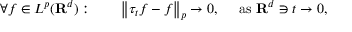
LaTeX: \forall f \in L ^ { p } ( \mathbf { R } ^ { d } ) : \qquad \left\| \tau _ { t } f - f \right\| _ { p } \to 0 , \quad { \mathrm { ~ a s ~ } } \mathbf { R } ^ { d } \ni t \to 0 ,